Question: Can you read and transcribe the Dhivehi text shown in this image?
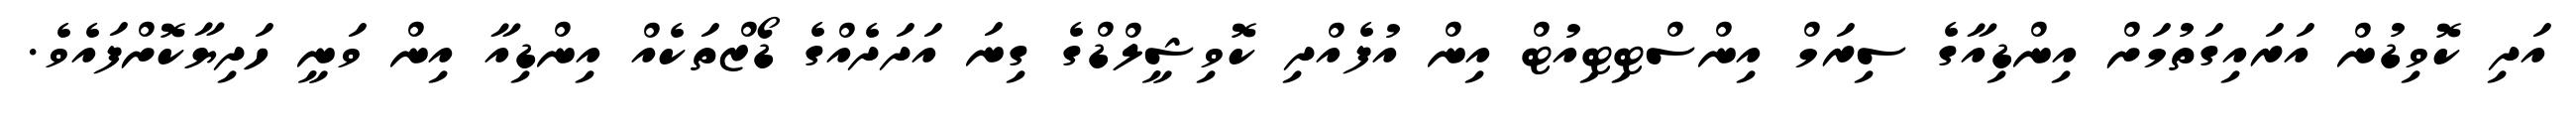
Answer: އަދި ކޮވިޑުން އަރައިގަތުމަށް އިންޑިއާގެ ސިރަމް އިންސްޓިޓިއުޓް އިން އުފެއްދި ކޮވިޝީލްޑްގެ ގިނަ އަދަދެއްގެ ޑޯޒްތަކެއް އިންޑިއާ އިން ވަނީ ހަދިޔާކޮށްފައެވެ.